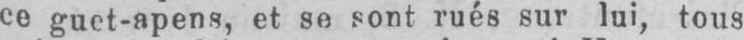
ce guet-apens, et se sont rués sur lui, tous